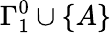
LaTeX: \Gamma_{1}^{0}\cup\{ A\}